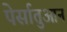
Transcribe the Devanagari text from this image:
पेर्सातुआन